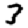
Digit: 3